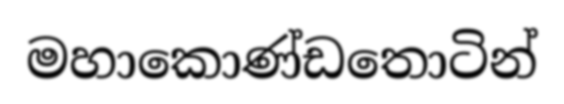
මහාකොණ්ඩතොටින්